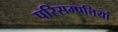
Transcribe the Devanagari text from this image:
परिसम्‍पत्तियां